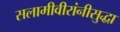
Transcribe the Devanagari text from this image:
सलामीवीरांनीसुद्धा